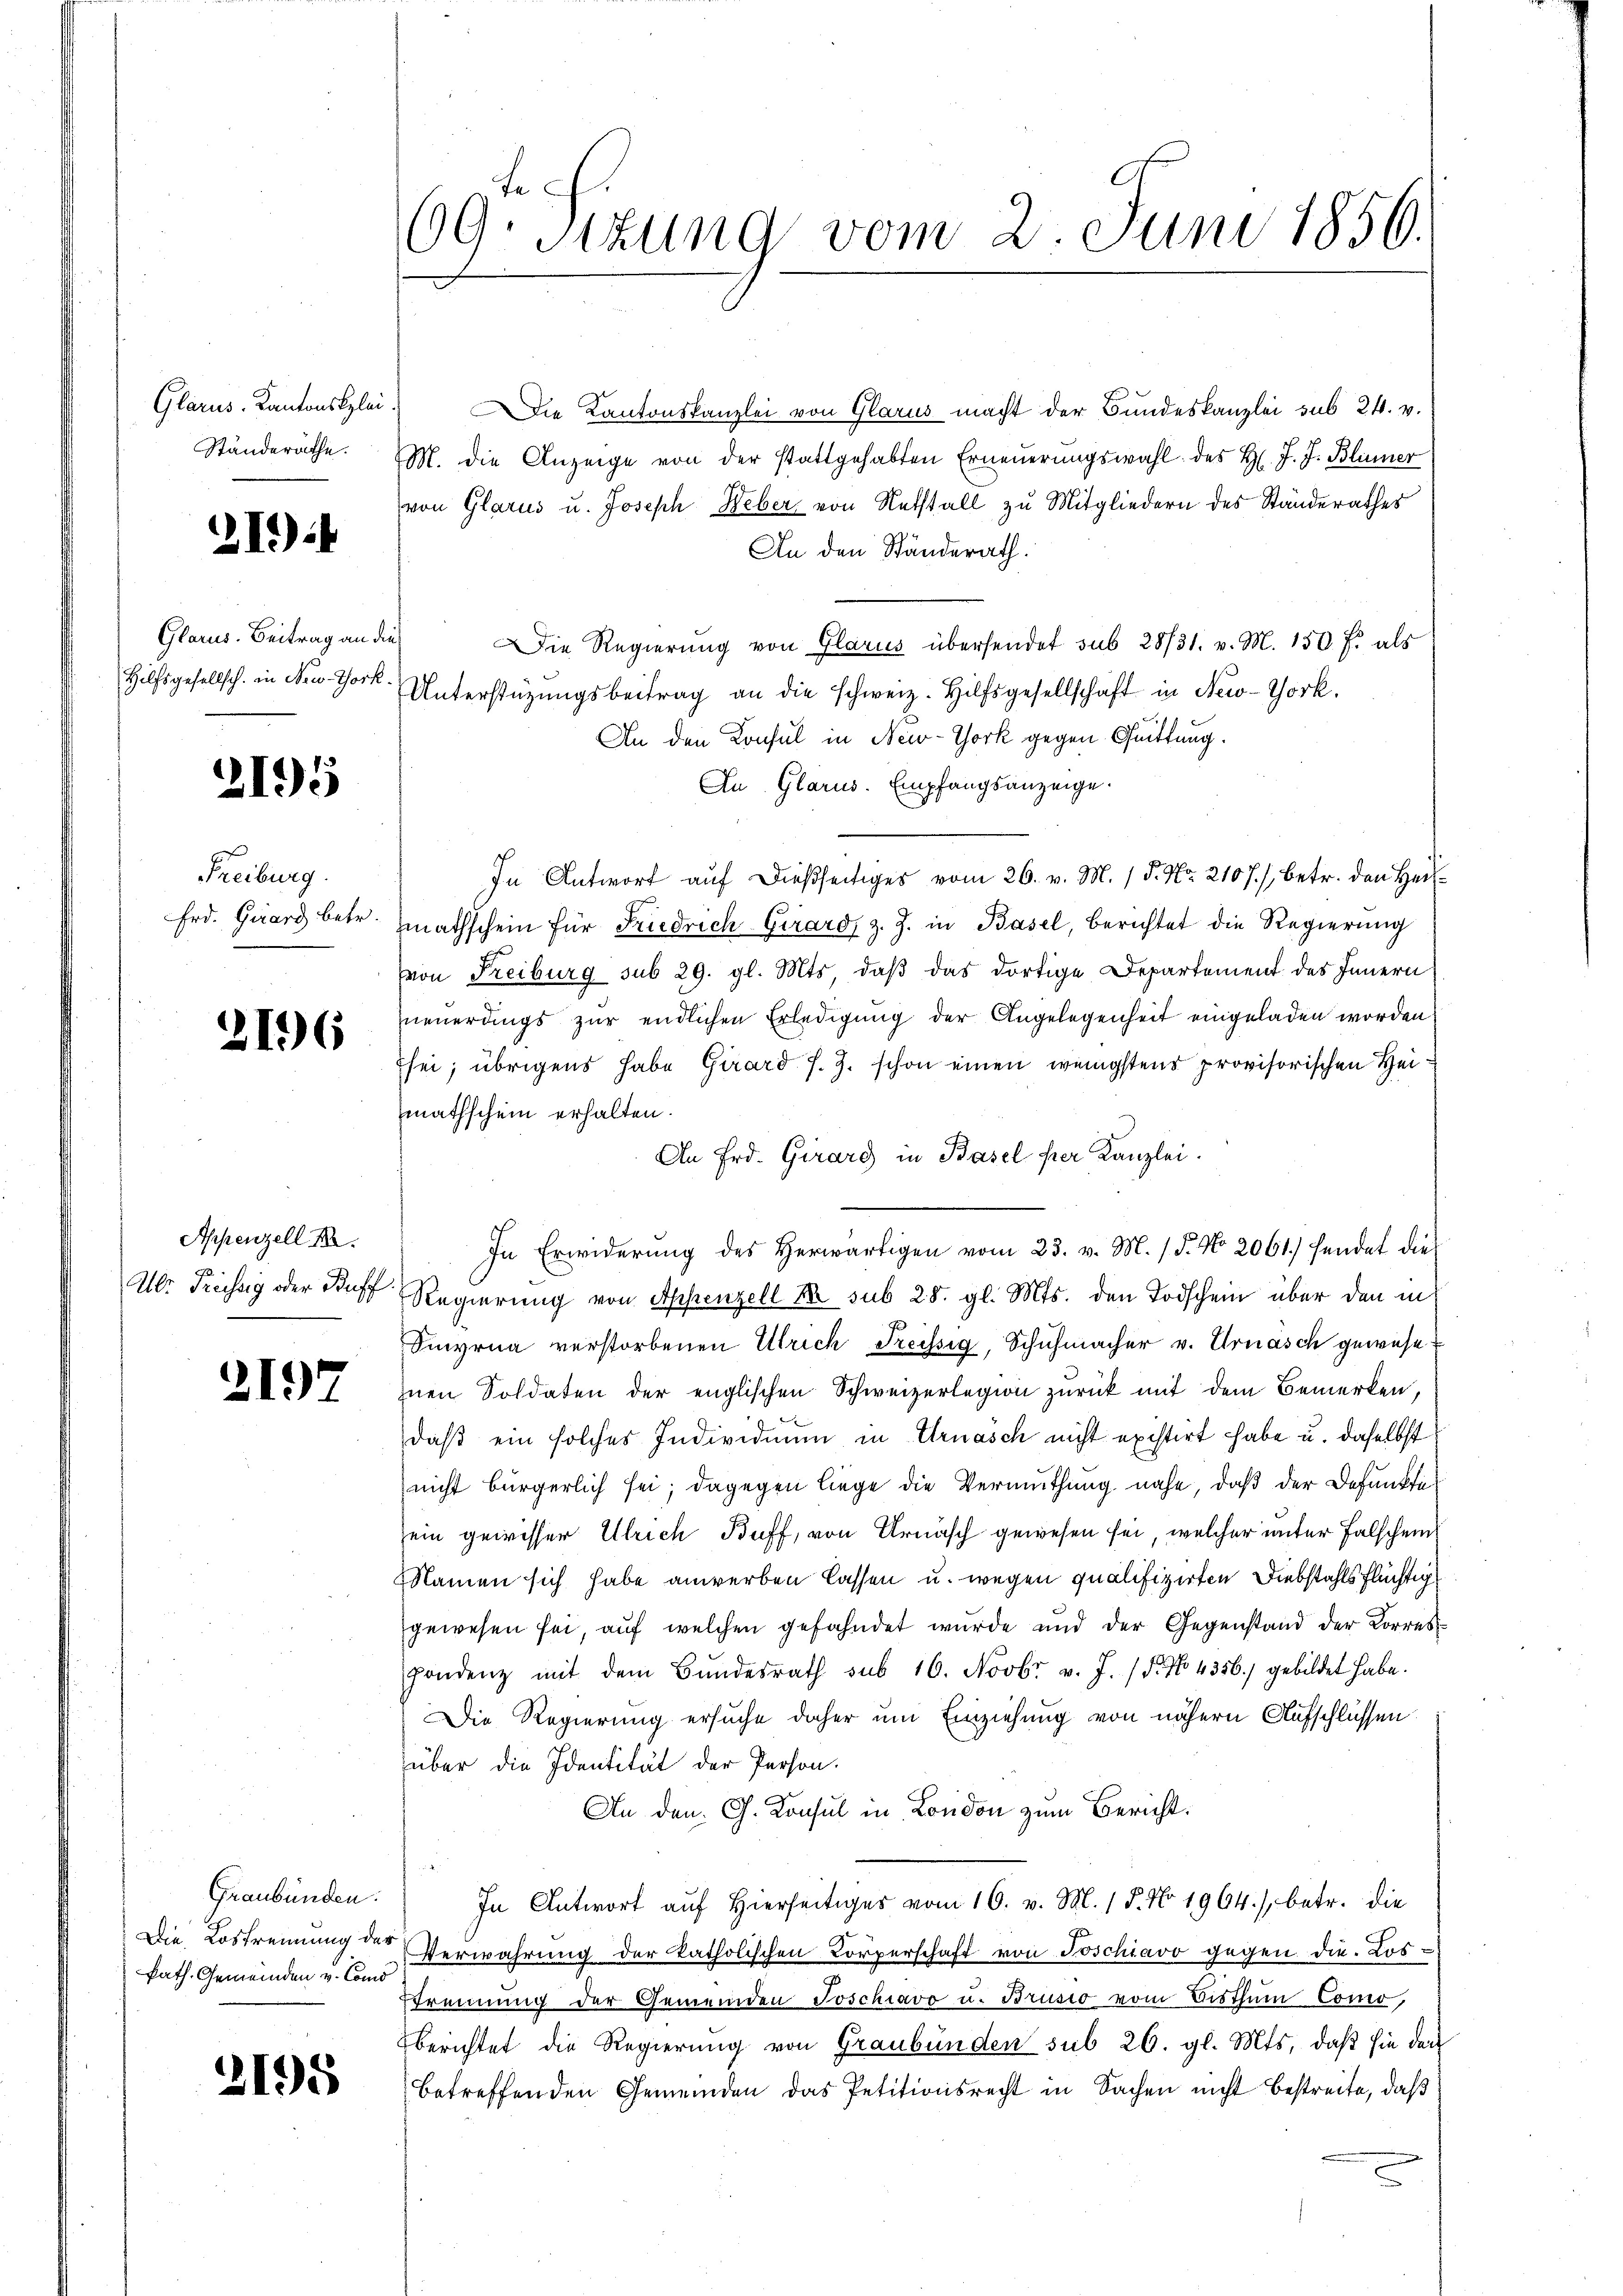
Glarus-Kantonsklei
Ständeräthe.

214

Glarus. Beitrag an die
Hilfsgesellsch. in New-York

2195

Freiburg.
Frd. Girard betr.

2196

Appenzell Ba
u
Ub. Kreissig oder Buff

2197

Graubünden.
Die Lostrennung der
kath. Gemeinden v. Como

2195

69. Sizung vom 2. Juni 1856.

Die Kantonskanzlei von Glarus macht der Bundeskanzlei sub 24. v.
M. die Anzeige von der stattgehabten Erneuerungswahl des H. J. J. Blümer
von Glarus u. Joseph Weber von Notstall zu Mitgliedern des Ständerathes
An den Ständerath.
Die Regierung von Glarus übersendet sub 28/31. v. M. 150 f. als
Unterstüzungsbeitrag an die schweiz. Hilfsgesellschaft in New-York.
An den Konsul in New-York gegen Quittung
Au Glarus. Empfangsanzeige.
In Antwort auf dießseitiges vom 26. v. M. / P. Nr. 2107/, betr. den Hermathschein für Friedrich Girard, z. Z. in Basel, Berichtet die Regierung
(von Freiburg sub 29. gl. Mts, daß das dortige Departement des Innern
neuerdings zur endlichen Erledigung der Angelegenheit eingeladen worden,
sei; übrigens habe Girard J. J. schon einen wenigstens provisorischen Heimathschein erhalten.
An Frd. Girard in Basel per Kanzlei.
In Erwiderŭng des herwärtigen vom 23. v. M. / 5. No. 2061.) hendet die
Regierung von Appenzell 10 sub 28. gl. Mts. den Todschein über den in
Sinyrna verstorbenen Ulrich Freissig, Schuhmacher v. Urnasch gewese
inen Soldaten der englischen Schweizerlegion zurück mit dem Bemerken,
daß ein solches Individuum in Ernasch nicht existirt habe u. daselbst
nicht bürgerlich sei; dagegen liege die Vermuthung nahe, daß der Befunktizein gewisser Ulrich Buff, von Urnasch gewesen sei, welcher unter Falschein
Namen sich habe anwerben lassen u. wegen qualifizirten Diebstahls flüchtig
gewesen sei aŭf welchen gefahndet wurde und der Gegenstand der Korres
pondenz mit dem Bundesrath sub 16. Novbr. v. J. / 5. No. 4356. gebildet habe.
Die Regierung ersuche daher um Einziehung von nähern Aufschlüssen.
über die Identität der Person.
An den C. Konsul in London zum Bericht.
In Antwort aŭf hierseitiges vom 16. v. M. 18. No. 1964.) betr. die
Verwahrung der katholischen Körperschaft von Joschiavo gegen die Los¬
Etrennung der Gemeinden Joschiavo u. Brusio vom Bisthum Como,
berichtet die Regierung von Graubünden sub 26. gl. Mts., daß sie dann
betreffenden Gemeinden das Petitionsrecht in Sachen nicht bestreite, daß